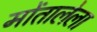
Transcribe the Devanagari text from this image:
मोंतालेला